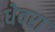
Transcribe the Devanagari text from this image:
धेवरा